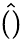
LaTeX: \hat{()}